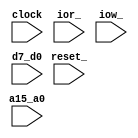
module IO(
    clock, reset_,
    ior_, iow_,
    d7_d0,
    a15_a0
);
    input clock, reset_;
    input ior_, iow_;
    input [7:0] d7_d0;
    input [15:0] a15_a0;

    wire out_s_;
    assign out_s_ = a15_a0 == 16'H0000 ? 1'B0 : 1'B1;

    interfaccia_stampa_carattere stampa_carattere(
        .s_(out_s_),
        .iow_(iow_),
        .d7_d0(d7_d0)
    );  

endmodule

module interfaccia_stampa_carattere (
    s_,
    iow_,
    d7_d0
);
    input s_,iow_;
    input [7:0] d7_d0;
    
    wire e ;
    assign e = {s_, iow_} == 2'B00 ? 1'B1 : 1'B0;

    always @(posedge e) 
        //$display("Il carattere e': %c",d7_d0);
        $write("%c",d7_d0);
    /*
    always @(s_,iow_) begin
       if({s_,iow_}==2'B00)
        $display("Il carattere e': %c",d7_d0);
       
    end
    */
endmodule